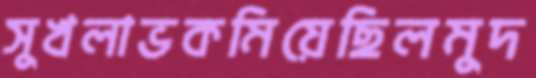
সুখলাভকমিয়েছিলমুদ